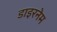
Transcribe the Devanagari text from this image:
डाइरनेम